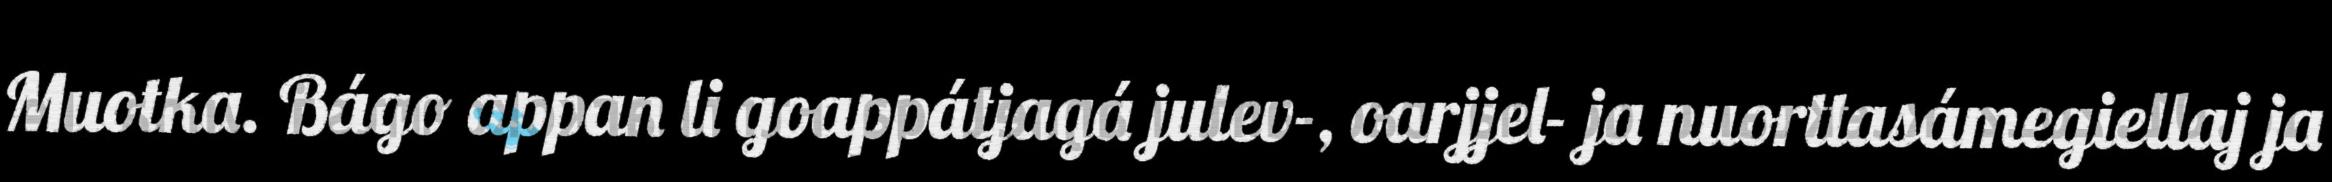
Muotka. Bágo appan li goappátjagá julev-, oarjjel- ja nuorttasámegiellaj ja